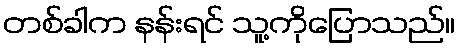
တစ်ခါက နန်းရင် သူ့ကိုပြောသည်။